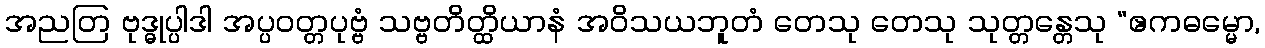
အညတြ ဗုဒ္ဓုပ္ပါဒါ အပ္ပဝတ္တပုဗ္ဗံ သဗ္ဗတိတ္ထိယာနံ အဝိသယဘူတံ တေသု တေသု သုတ္တန္တေသု “ဧကဓမ္မော,